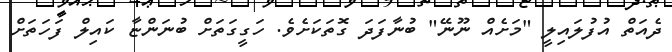
ދެއަތް އުފުލައިލީ "މަށެއް ނޫނޭ" ބުނާފަދަ ގޮތަކަށެވެ. ހަގީގަތަށް ބުނަންޏާ ކައިލް ފަހަތަށް